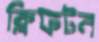
ক্লিফটন